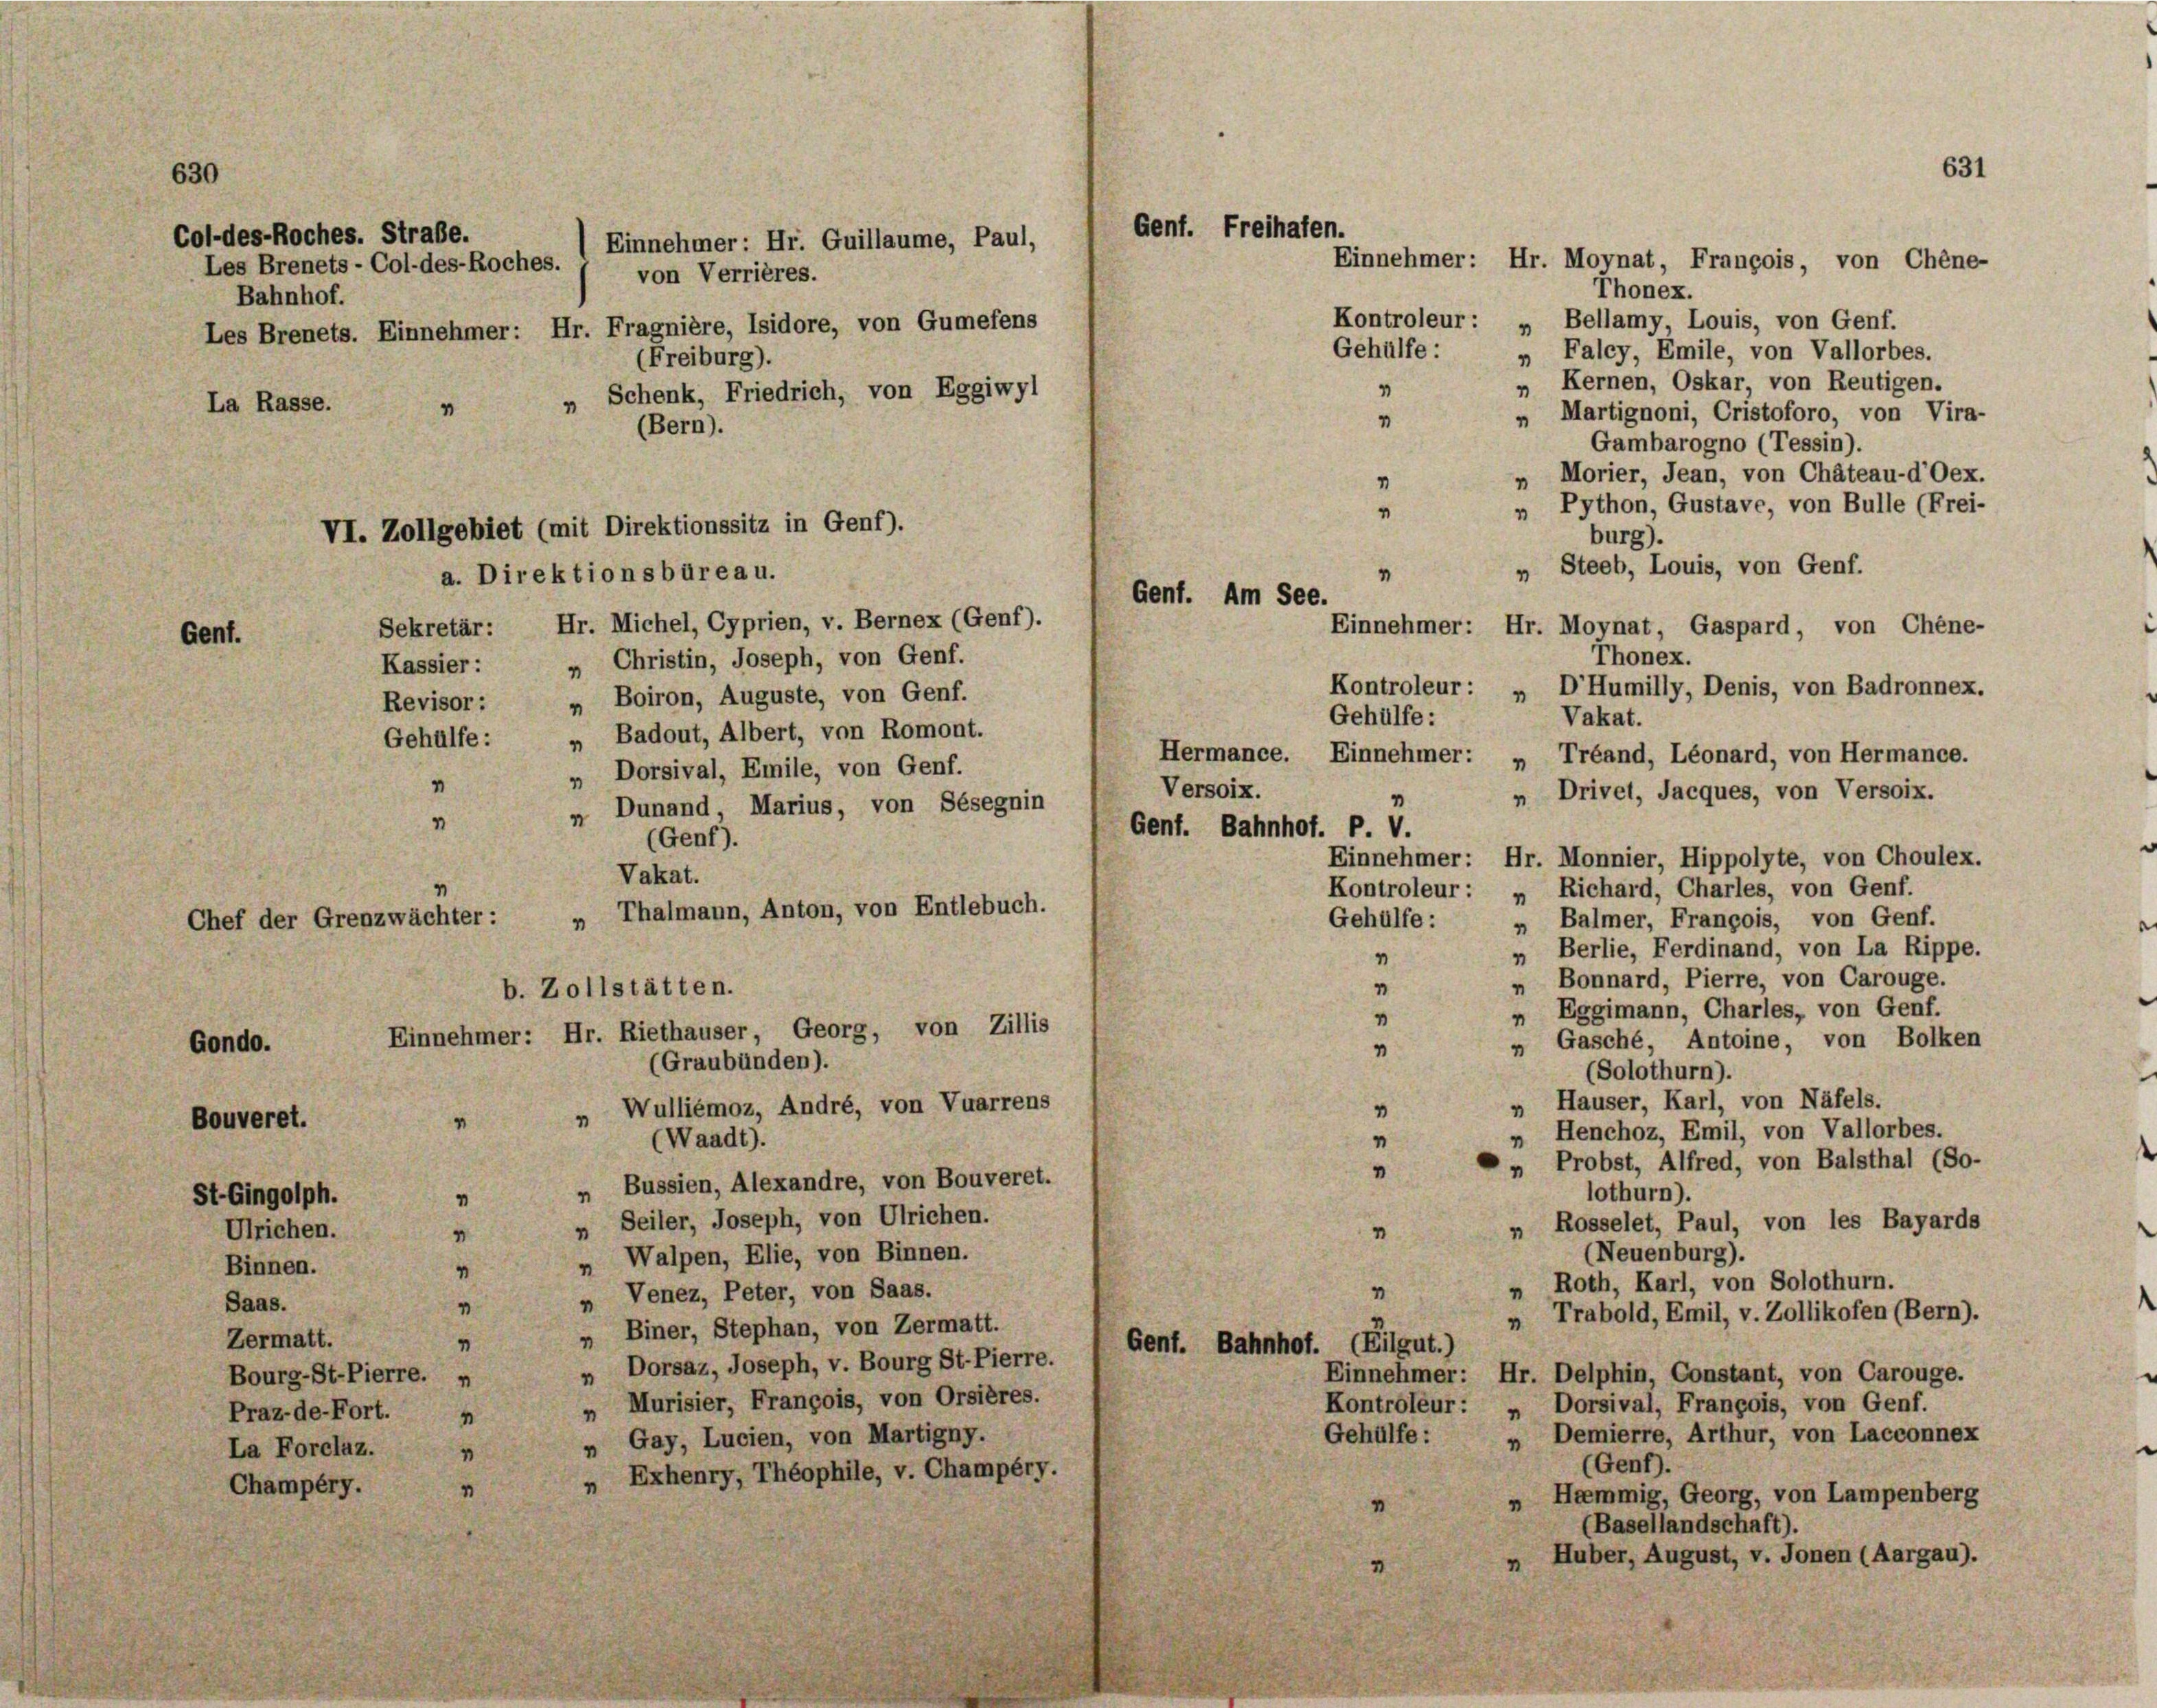
630

Col-des-Roches. Strafe.
Les Brenets-Col-des-Roches.
Bahnhof.

Genf.

La Rasse.

Bouveret.
St-Gingolph.
Ulrichen.
Binnen.

Gondo.

Chef der Grenzwächter:

Saas.
Zermatt.
Praz-de-Fort.
La Forclaz.
Champéry.

Les Brenets. Einnehmer: Hr. Fragnière, Isidore, von Gumefens
(Freiburg).
Schenk, Friedrich, von Eggiwyl
"
4
(Bern).

VI. Zollgebiet (mit Direktionssitz in Genf).
a. Direktionsbüreau.

Genf. Freihafen.
Einnehmer: Hr. Guillaume, Paul,

von Verrières.

4
“

"
“
“
Gent. Am See.

Gambarogno (Tessin).
„ Morier, Jean, von Chäteau-d’Oex.
Python, Gustave, von Bulle (Frei-
burg).
„ Steeb, Louis, von Genf.
Einnehmer: Hr. Moynat, Gaspard, von Chene-
Thonex.
DHumilly, Denis, von Badronnex.

„ Martignoni, Cristoforo, von Vira-

6.

Einnehmer: Hr. Moynat, François, von Chene-
Thonex.
Kontroleur: „ Bellamy, Louis, von Genf.
„ Falcy, Emile, von Vallorbes.

Gehülfe :
„ Kernen, Oskar, von Reutigen.
4
Sekretär: Hr. Michel, Cyprien, v. Bernex (Genf).
Kassier: „ Christin, Joseph, von Genf.
Kontroleur: „
„ Boiron, Auguste, von Genf.
Revisor:
Gehülfe:
Vakat.
Gehülfe: „ Badout, Albert, von Romont.
Hermance. Einnehmer: „ Tréand, Léonard, von Hermance.
„ Dorsival, Emile, von Genf.
“
Versoix.
„ Drivet, Jacques, von Versoix.
1
„ Dunand, Marius, von Sésegnin
"
Gent. Bahnhof. P. V.
(Genf).
Einnehmer: Hr. Monnier, Hippolyte, von Choulex.
Vakat.
Kontroleur: „ Richard, Charles, von Genf.
„ Thalmann, Anton, von Entlebuch.
Gehülfe :
Balmer, François, von Genf.
4
Berlie, Ferdinand, von La Rippe.
“
4
„ Bonnard, Pierre, von Carouge.
1
b. Zollstätten.
„ Eggimann, Charles, von Genf.
“
Einnehmer: Hr. Riethauser, Georg, von Zillis
„ Gasché, Antoine, von Bolken
"
(Graubünden).
(Solothurn).
» Hauser, Karl, von Näfels.
Wulliémoz, André, von Vuarrens
4
„ Henchoz, Emil, von Vallorbes.
“
(Waadt).
Probst, Alfred, von Balsthal (So-
"
„ Bussien, Alexandre, von Bouveret.
lothurn).
„ Seiler, Joseph, von Ulrichen.
„ Rosselet, Paul, von les Bayards
4
4
(Neuenburg).
Walpen, Elie, von Binnen.
m
4
" Roth, Karl, von Solothurn.
1
Venez, Peter, von Saas.
4
4
 Trabold, Emil, v. Zollikofen (Bern).
„ Biner, Stephan, von Zermatt.
4
Gent. Bahnhof. (Eilgut.)
„ Dorsaz, Joseph, v. Bourg St.-Pierre.
Einnehmer: Hr. Delphin, Constant, von Carouge.
Bourg-St-Pierre. „
Murisier, François, von Orsières.
Kontroleur: „ Dorsival, François, von Genf.
“
4
Gehülfe :
„ Demierre, Arthur, von Lacconnex
Gay, Lucien, von Martigny.
“
(Genf).
 Exhenry, Théophile, v. Champéry.
„ Hemmig, Georg, von Lampenberg
“
(Basellandschaft).
„ Huber, August, v. Jonen (Aargau).